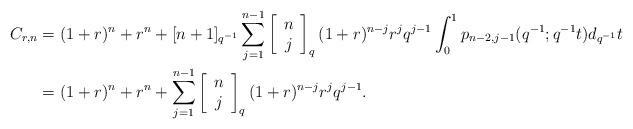
LaTeX: \begin{align*}C_{r,n} & =(1+r)^{n}+r^{n}+[n+1]_{q^{-1}}\sum_{j=1}^{n-1}\left[\begin{array}[c]{c}n\\j\end{array}\right] _{q}(1+r)^{n-j}r^{j}q^{j-1}\int_{0}^{1}p_{n-2,j-1}(q^{-1};q^{-1}t)d_{q^{-1}}t\\& =(1+r)^{n}+r^{n}+\sum_{j=1}^{n-1}\left[\begin{array}[c]{c}n\\j\end{array}\right] _{q}(1+r)^{n-j}r^{j}q^{j-1}.\end{align*}